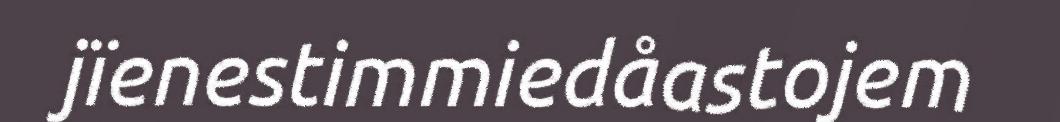
jïenestimmiedåastojem